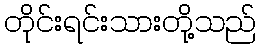
တိုင်းရင်းသားတို့သည်